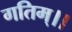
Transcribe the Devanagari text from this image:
गतिम्।।